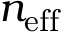
n _ { \mathrm { e f f } }